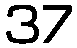
37